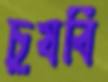
চুষবি